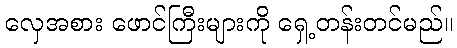
လှေအစား ဖောင်ကြီးများကို ရှေ့တန်းတင်မည်။